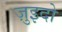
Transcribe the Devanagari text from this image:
ज़ुइदो